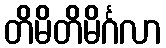
တိမိတိမိင်္ဂလာ